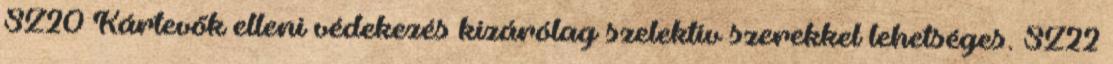
SZ20 Kártevők elleni védekezés kizárólag szelektív szerekkel lehetséges. SZ22